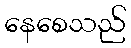
နေစေသည်